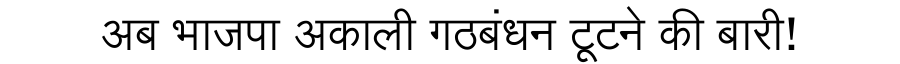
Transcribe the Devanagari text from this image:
अब भाजपा अकाली गठबंधन टूटने की बारी!